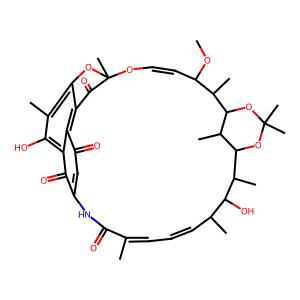
SMILES: COC1C=COC2(C)Oc3c(C)c(O)c4c(c3C2=O)C(=O)C=C(NC(=O)C(C)=CC=CC(C)C(O)C(C)C2OC(C)(C)OC(C1C)C2C)C4=O
Inhibits HIV replication: No